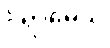
ဝိရာဓေသိ